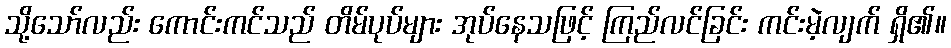
သို့သော်လည်း ကောင်းကင်သည် တိမ်ပုပ်များ အုပ်နေသဖြင့် ကြည်လင်ခြင်း ကင်းမဲ့လျက် ရှိ၏။